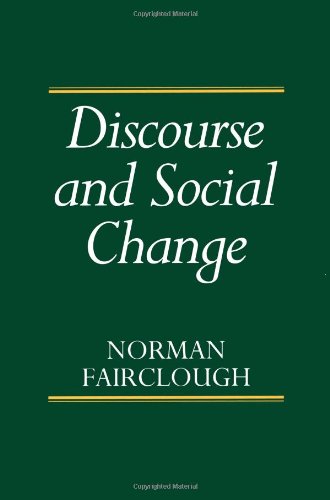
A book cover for Discourse and Social Change; Norman Fairclough; Reference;